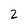
Character: 2